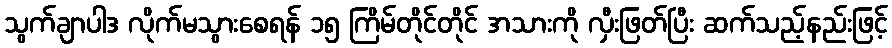
သွက်ချာပါဒ လိုက်မသွားစေရန် ၁၅ ကြိမ်တိုင်တိုင် အသားကို လှီးဖြတ်ပြီး ဆက်သည့်နည်းဖြင့်